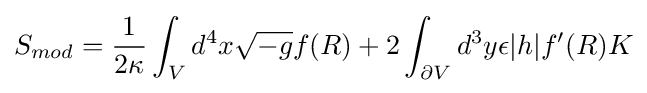
S_{mod}={\frac {1}{2\kappa }}\int _{V}d^{4}x{\sqrt {-g}}f(R)+2\int _{\partial V}d^{3}y\epsilon |h|f'(R)K